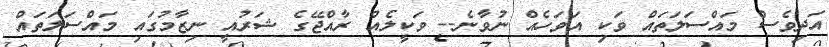
އަދިވެސް މައްސަލަތައް ވަކި އަވަހެއް ނުވާނެ-- ވަކީލެއް ރާއްޖޭގެ ޝަރުއީ ނިޒާމުގައި މައްސަލަތައް